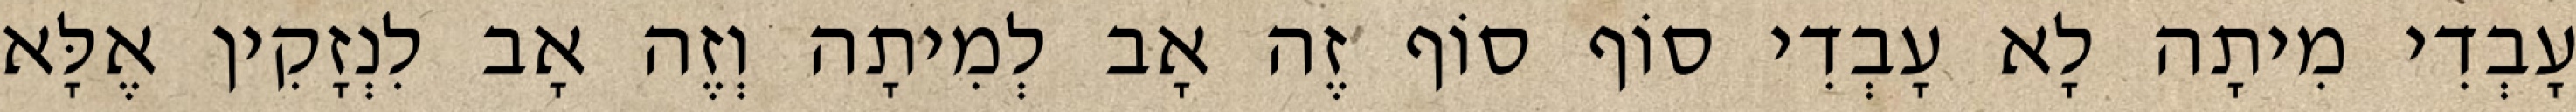
עָבְדִי מִיתָה לָא עָבְדִי סוֹף סוֹף זֶה אָב לְמִיתָה וְזֶה אָב לִנְזָקִין אֶלָּא